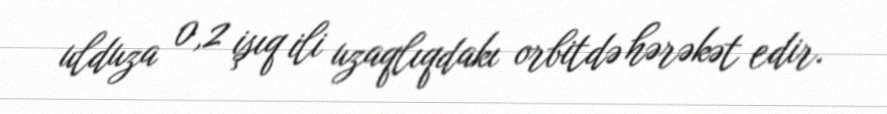
ulduza 0,2 işıq ili uzaqlıqdakı orbitdə hərəkət edir.